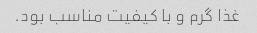
غذا گرم و با کیفیت مناسب بود.